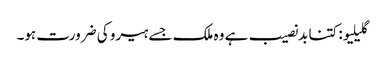
گلیلیو: کتنا بدنصیب ہے وہ ملک جسے ہیرو کی ضرورت ہو۔